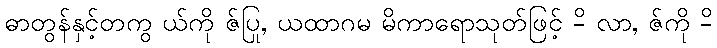
ဓာတွန်နှင့်တကွ ယ်ကို ဇ်ပြု, ယထာဂမ မိကာရောသုတ်ဖြင့် -ိ လာ, ဇ်ကို -ိ